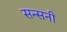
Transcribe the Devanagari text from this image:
सन्सनी